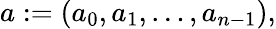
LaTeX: a:=(a_{0},a_{1},\ldots,a_{n-1}),